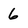
Character: 6